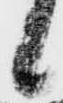
候